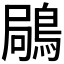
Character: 𪁵